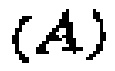
$(A)$